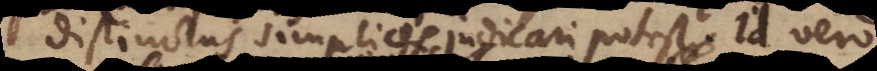
distinctas simplices judicari potest. Id vero